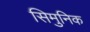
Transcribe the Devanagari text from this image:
सिमुनिक